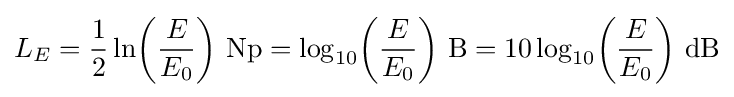
L_{E}={\frac {1}{2}}\ln \!\left({\frac {E}{E_{0}}}\right)\!~\mathrm {Np} =\log _{10}\!\left({\frac {E}{E_{0}}}\right)\!~\mathrm {B} =10\log _{10}\!\left({\frac {E}{E_{0}}}\right)\!~\mathrm {dB}